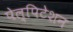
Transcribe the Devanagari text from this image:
पेल्पिटेशन